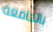
بالجامعة